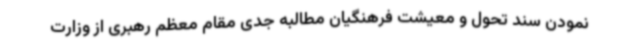
نمودن سند تحول و معیشت فرهنگیان مطالبه جدی مقام معظم رهبری از وزارت